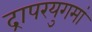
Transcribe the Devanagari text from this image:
द्रापरयुगमां